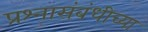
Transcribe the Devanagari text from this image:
प्रश्नासंबंधीच्या